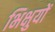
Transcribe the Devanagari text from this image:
भिक्षुयों